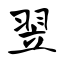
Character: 翌